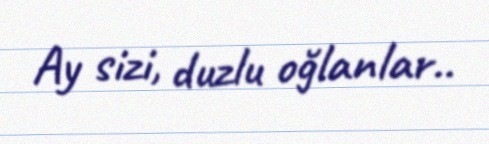
Ay sizi, duzlu oğlanlar..